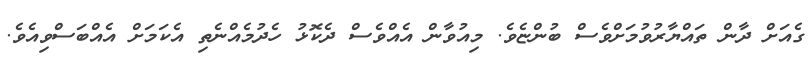
ގެއަށް ދާން ތައްޔާރުވުމަށްވެސް ބުންޏެވެ. މިއުވާން އެއްވެސް ދެކޮޅު ހެދުމެއްނެތި އެކަމަށް އެއްބަސްވިއެވެ.